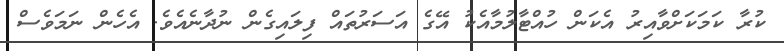
ކުރާ ކަމަކަށްވާއިރު އެކަން ހުއްޓާލުމާއެކު އޭގެ އަސަރުތައް ފިލައިގެން ނުދާނެއެވެ. އެހެން ނަމަވެސް